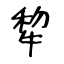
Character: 犂